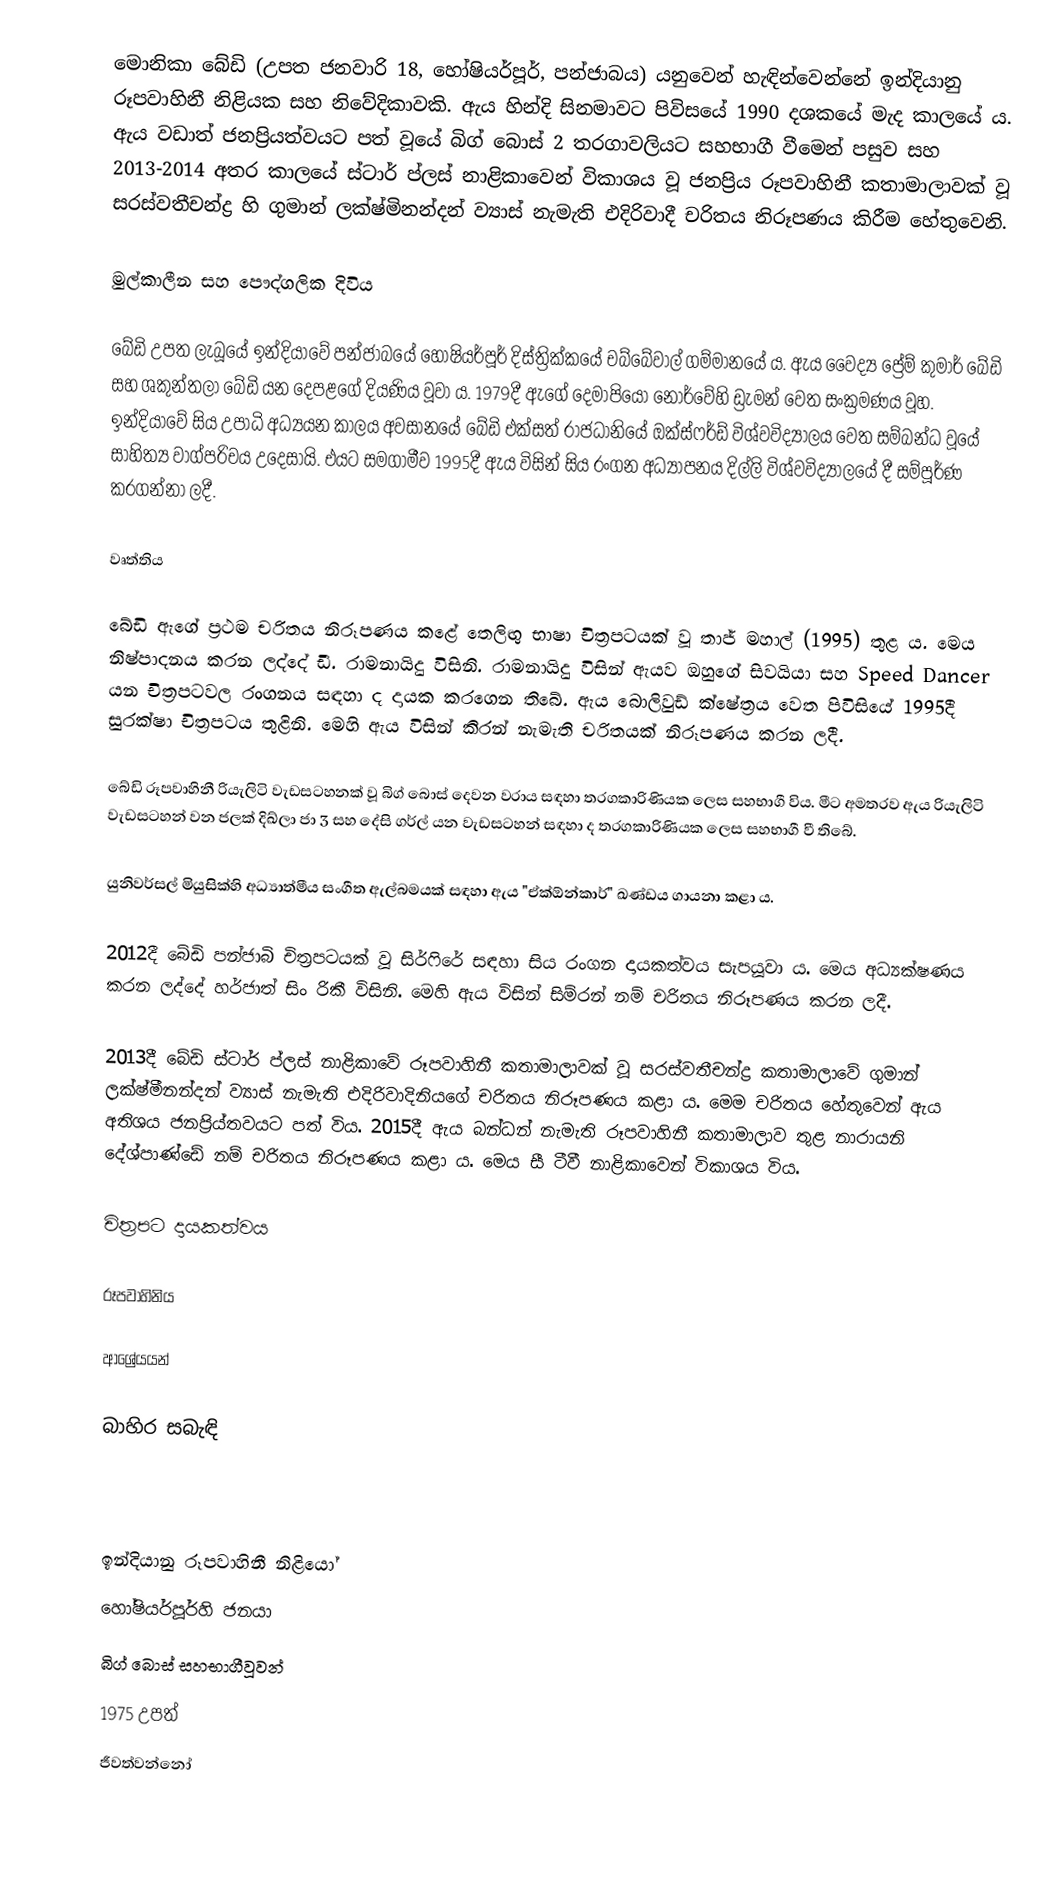
මොනිකා බේඩි (උපත ජනවාරි 18, හෝෂියර්පූර්, පන්ජාබය) යනුවෙන් හැඳින්වෙන්නේ ඉන්දියානු රූපවාහිනී නිළියක සහ නිවේදිකාවකි. ඇය හින්දි සිනමාවට පිවිසයේ 1990 දශකයේ මැද කාලයේ ය. ඇය වඩාත් ජනප්‍රියත්වයට පත් වූයේ බිග් බොස් 2 තරගාවලියට සහභාගී වීමෙන් පසුව සහ 2013-2014 අතර කාලයේ ස්ටාර් ප්ලස් නාළිකාවෙන් විකාශය වූ ජනප්‍රිය රූපවාහිනී කතාමාලාවක් වූ සරස්වතීචන්ද්‍ර හි ගුමාන් ලක්ෂ්මිනන්දන් ව්‍යාස් නැමැති එදිරිවාදී චරිතය නිරූපණය කිරීම හේතුවෙනි.

මුල්කාලීන සහ පෞද්ගලික දිවිය

බේඩි උපත ලැබූයේ ඉන්දියාවේ පන්ජාබයේ හෝෂියර්පූර් දිස්ත්‍රික්කයේ චබ්බේවාල් ගම්මානයේ ය. ඇය වෛද්‍ය ප්‍රේම් කුමාර් බේඩි සහ ශකුන්තලා බේඩි යන දෙපළගේ දියණිය වූවා ය. 1979දී ඇගේ දෙමාපියෝ නෝර්වේහි ඩ්‍රැමන් වෙත සංක්‍රමණය වූහ. ඉන්දියාවේ සිය උපාධි අධ්‍යයන කාලය අවසානයේ බේඩි එක්සත් රාජධානියේ ඔක්ස්ෆර්ඩ් විශ්වවිද්‍යාලය වෙත සම්බන්ධ වූයේ සාහිත්‍ය වාග්පරිචය උදෙසායි. එයට සමගාමීව 1995දී ඇය විසින් සිය රංගන අධ්‍යාපනය දිල්ලි විශ්වවිද්‍යාලයේ දී සම්පූර්ණ කරගන්නා ලදී.

වෘත්තිය

බේඩි ඇගේ ප්‍රථම චරිතය නිරූපණය කළේ තෙලිඟු භාෂා චිත්‍රපටයක් වූ තාජ් මහාල් (1995) තුළ ය. මෙය නිෂ්පාදනය කරන ලද්දේ ඩී. රාමනායිදු විසිනි. රාමනායිදු විසින් ඇයව ඔහුගේ සිවයියා සහ Speed Dancer යන චිත්‍රපටවල රංගනය සඳහා ද දායක කරගෙන තිබේ. ඇය බොලිවුඩ් ක්ෂේත්‍රය වෙත පිවිසියේ 1995දී සුරක්ෂා චිත්‍රපටය තුළිනි. මෙහි ඇය විසින් කිරන් නැමැති චරිතයක් නිරූපණය කරන ලදී.

බේඩි රූපවාහිනී රියැලිටි වැඩසටහනක් වූ බිග් බොස් දෙවන වරාය සඳහා තරගකාරිණියක ලෙස සහභාගී විය. මීට අමතරව ඇය රියැලිටි වැඩසටහන් වන ජලක් දිඛ්ලා ජා 3 සහ දේසි ගර්ල් යන වැඩසටහන් සඳහා ද තරගකාරිණියක ලෙස සහභාගී වී තිබේ.

යුනිවර්සල් මියුසික්හි අධ්‍යාත්මීය සංගීත ඇල්බමයක් සඳහා ඇය "ඒක්ඕන්කාර්" ඛණ්ඩය ගායනා කළා ය.

2012දී බේඩි පන්ජාබි චිත්‍රපටයක් වූ සිර්ෆිරේ සඳහා සිය රංගන දායකත්වය සැපයූවා ය. මෙය අධ්‍යක්ෂණය කරන ලද්දේ හර්ජාත් සිං රිකී විසිනි. මෙහි ඇය විසින් සිම්රන් නම් චරිතය නිරූපණය කරන ලදී.

2013දී බේඩි ස්ටාර් ප්ලස් නාළිකාවේ රූපවාහිනී කතාමාලාවක් වූ සරස්වතීචන්ද්‍ර කතාමාලාවේ ගුමාන් ලක්ෂ්මීනන්දන් ව්‍යාස් නැමැති එදිරිවාදිනියගේ චරිතය නිරූපණය කළා ය. මෙම චරිතය හේතුවෙන් ඇය අතිශය ජනප්‍රිය්තවයට පත් විය. 2015දී ඇය බන්ධන් නැමැති රූපවාහිනී කතාමාලාව තුළ නාරායනි දේශ්පාණ්ඩේ නම් චරිතය නිරූපණය කළා ය. මෙය සී ටීවී නාළිකාවෙන් විකාශය විය.

චිත්‍රපට දායකත්වය

රූපවාහිනිය

ආශ්‍රේයයන්

බාහිර සබැඳි

ඉන්දියානු රූපවාහිනී නිළියෝ
හෝෂියර්පූර්හි ජනයා
බිග් බොස් සහභාගීවූවන්
1975 උපත්
ජීවත්වන්නෝ